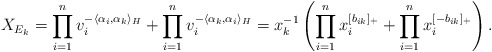
\begin{align*}X_{E_k} = \prod_{i=1}^n v_i^{-\langle \alpha_i, \alpha_k \rangle_H} + \prod_{i=1}^n v_i^{-\langle \alpha_k, \alpha_i\rangle_H} = x_k^{-1}\left( \prod_{i=1}^n x_i^{[b_{ik}]_+} + \prod_{i=1}^n x_i^{[-b_{ik}]_+}\right).\end{align*}